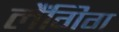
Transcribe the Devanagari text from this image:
लैंगिग